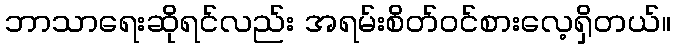
ဘာသာရေးဆိုရင်လည်း အရမ်းစိတ်ဝင်စားလေ့ရှိတယ်။